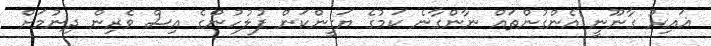
ޣައިރު ގާނޫނީ އެންގުންތައް ނާންގާނެ ކަމުގެ ޔަގީންކަން ފުލުހުންގެ އިސް ވެރިން ދިނުމަށް